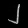
Digit: ၂